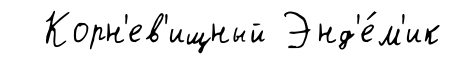
Корн'ев'ищный Энд'е́м'ик